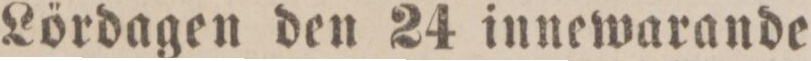
Lördagen den 24 innewarande